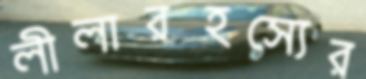
লীলারহস্যের